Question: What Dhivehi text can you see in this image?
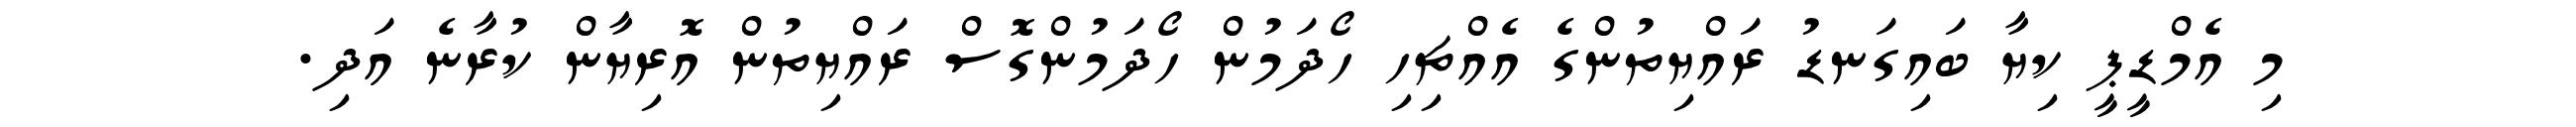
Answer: މި އެމްޑީޕީ ކިޔާ ބައިގަނޑު ރައްޔިތުންގެ އެއްޗިހި ހޯދަމުން ހޯދަމުންގޮސް ރައްޔިތުން އޮރިޔާން ކުރާނެ އަދި.